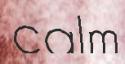
calm